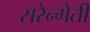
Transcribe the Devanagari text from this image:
सरेन्गेती